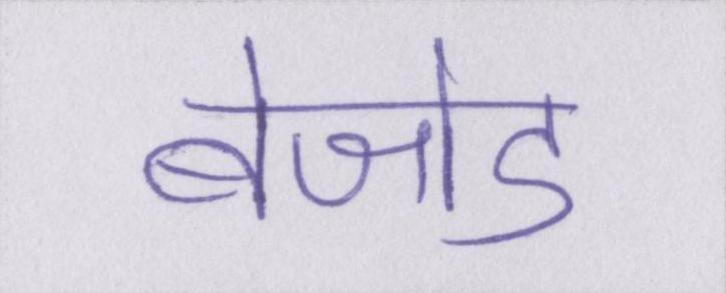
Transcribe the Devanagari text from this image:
बेजोड